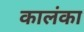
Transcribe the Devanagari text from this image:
कालंका